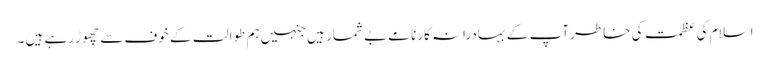
اسلام کی عظمت کی خاطر آپ کے بہادرانہ کارنامے بے شمار ہیں جنہیں ہم طوالت کے خوف سے چھوڑ رہے ہیں ۔